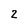
Character: 2